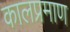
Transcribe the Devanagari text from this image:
कालप्रमाण